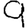
Digit: 9